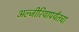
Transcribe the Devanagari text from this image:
अल्जीरियापर्यंतचा